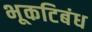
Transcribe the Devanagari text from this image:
भूकटिबंध